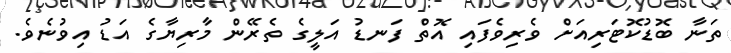
ތަނާ ބޮޑުކޮޓަރިއަށް ވެރިވެފައި އޮތް ފަނޑު އަލީގެ ތެރޭން މާރިޔާގެ އަޑު އިވުނެވެ.